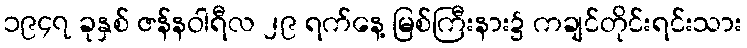
၁၉၄၇ ခုနှစ် ဇန်နဝါရီလ ၂၉ ရက်နေ့ မြစ်ကြီးနား၌ ကချင်တိုင်းရင်းသား